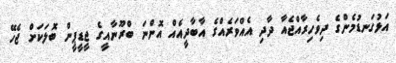
އަޅުގަނޑުމެންގެ ދިވެހިރާއްޖެއާ ދާދި އެއްވަރެއްގެ އާބާދީއެއް އޮންނަ ބްރޫނާއީގެ ޖީޑީޕީން ބޮލަކަށް ޖެހޭ